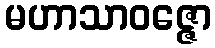
မဟာသာဝဇ္ဇော